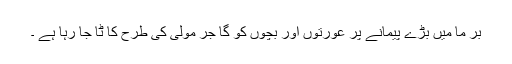
بر ما میں بڑے پیمانے پر عورتوں اور بچوں کو گا جر مولی کی طرح کا ٹا جا رہا ہے ۔